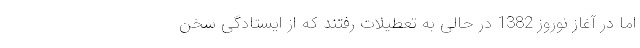
اما در آغاز نوروز 1382 در حالی به تعطیلات رفتند که از ایستادگی سخن